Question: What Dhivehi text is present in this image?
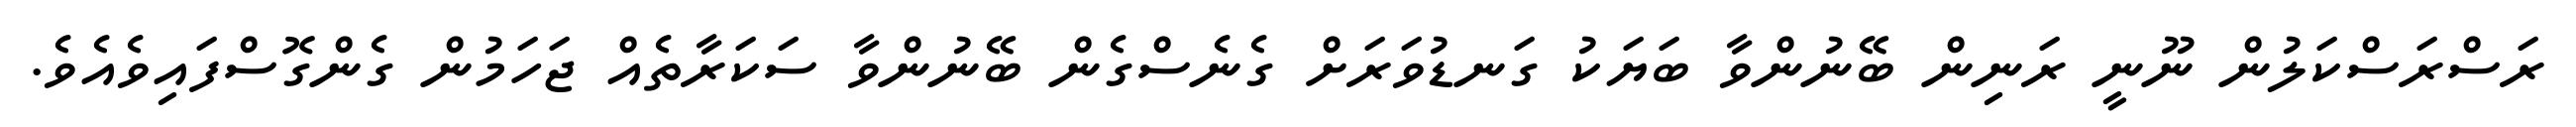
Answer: ރަސްރަސްކަލުން ނޫނީ ރަނިން ބޭނުންވާ ބަޔަކު ގަނޑުވަރަށް ގެނެސްގެން ބޭނުންވާ ސަކަރާތެއް ޖަހަމުން ގެންގޮސްފައިވެއެވެ.